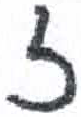
אות: ז